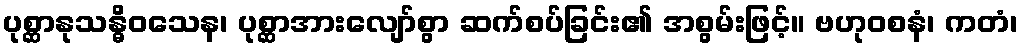
ပုစ္ဆာနုသန္ဓိဝသေန၊ ပုစ္ဆာအားလျော်စွာ ဆက်စပ်ခြင်း၏ အစွမ်းဖြင့်။ ဗဟုဝစနံ၊ ကတံ၊